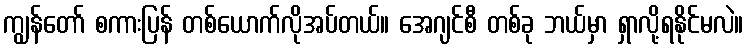
ကျွန်တော် စကားပြန် တစ်ယောက်လိုအပ်တယ်။ အေဂျင်စီ တစ်ခု ဘယ်မှာ ရှာလို့ရနိုင်မလဲ။